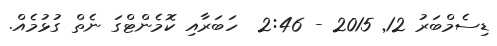
ޑިސެމްބަރު 12